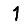
Digit: 1